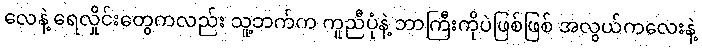
လေနဲ့ ရေလှိုင်းတွေကလည်း သူ့ဘက်က ကူညီပုံနဲ့ ဘာကြီးကိုပဲဖြစ်ဖြစ် အလွယ်ကလေးနဲ့